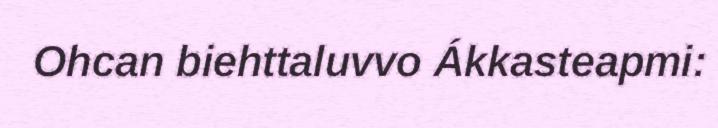
Ohcan biehttaluvvo Ákkasteapmi: